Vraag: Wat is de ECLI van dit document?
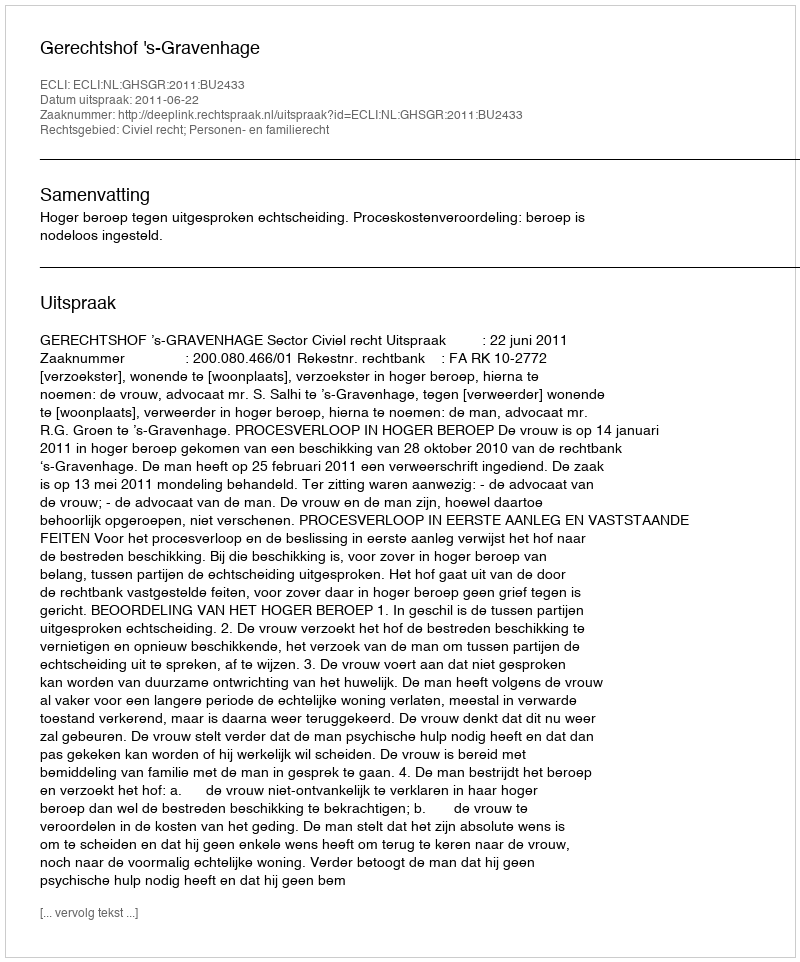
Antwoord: ECLI:NL:GHSGR:2011:BU2433